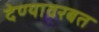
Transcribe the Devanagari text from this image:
देण्यावरबत